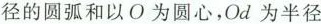
径的圆弧和以O为圆心，Od为半径